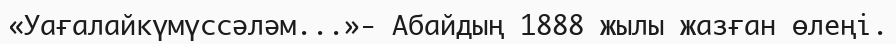
«Уағалайкүмүссәләм...»- Абайдың 1888 жылы жазған өлеңі.